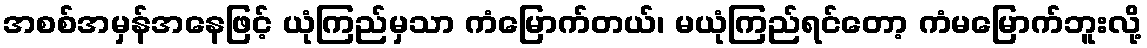
အစစ်အမှန်အနေဖြင့် ယုံကြည်မှသာ ကံမြောက်တယ်၊ မယုံကြည်ရင်တော့ ကံမမြောက်ဘူးလို့